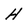
Character: H